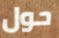
حول